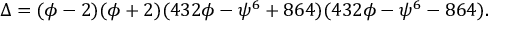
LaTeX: \Delta = ( \phi - 2 ) ( \phi + 2 ) ( 4 3 2 \phi - \psi ^ { 6 } + 8 6 4 ) ( 4 3 2 \phi - \psi ^ { 6 } - 8 6 4 ) .